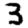
Digit: 3